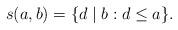
LaTeX: \begin{align*}s(a,b)=\{d\mid b:d\le a\}.\end{align*}